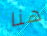
هنا